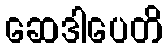
ဆေဒါပေတိ